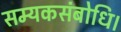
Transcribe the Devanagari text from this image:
सम्यकसंबोधि।